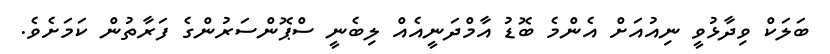
ބަލަކް ވިދާޅުވީ ނިއުއަށް އެންމެ ބޮޑު އާމްދަނީއެއް ލިބެނީ ސްޕޮންސަރުންގެ ފަރާތުން ކަމަށެވެ.